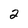
Character: 2